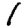
Digit: 1